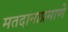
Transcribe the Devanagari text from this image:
मतदानाप्रमाणे